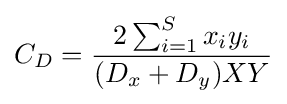
C_{D}={\frac {2\sum _{i=1}^{S}x_{i}y_{i}}{(D_{x}+D_{y})XY}}